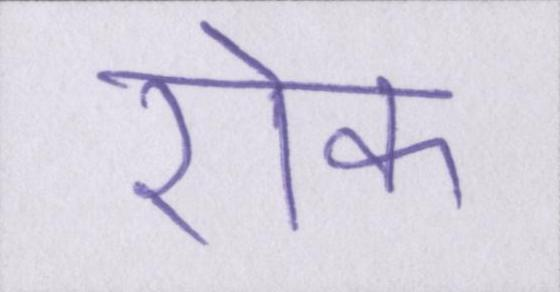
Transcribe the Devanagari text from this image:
रोक